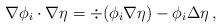
LaTeX: \begin{align*} \nabla \phi_i \cdot \nabla \eta = \div (\phi_i \nabla \eta) - \phi_i \Delta \eta \, ,\end{align*}